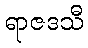
ရာဇဒသီ